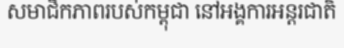
សមាជិកភាពរបស់កម្ពុជា នៅអង្គការអន្តរជាតិ